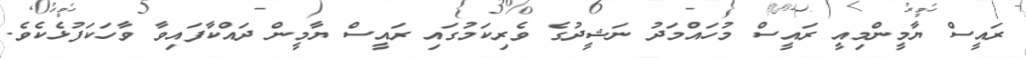
ރައީސް ޔާމީންމިއީ ރައީސް މުހައްމަދު ނަޝީދުގެ ވެރިކަމުގައި ރައީސް ޔާމީން ދައްކާފައިވާ ވާހަކަފުޅެކެވެ.